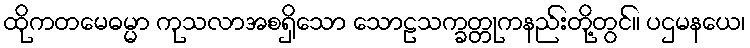
ထိုကတမေဓမ္မာ ကုသလာအစရှိသော သောဠသက္ခတ္တုကနည်းတို့တွင်။ ပဌမနယေ၊